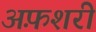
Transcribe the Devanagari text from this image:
अफ़शरी